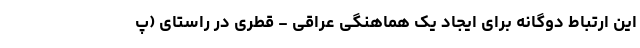
این ارتباط دوگانه برای ایجاد یک هماهنگی عراقی - قطری در راستای (پ